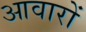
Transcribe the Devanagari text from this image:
आवारों